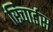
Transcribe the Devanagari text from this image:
रिचार्डस